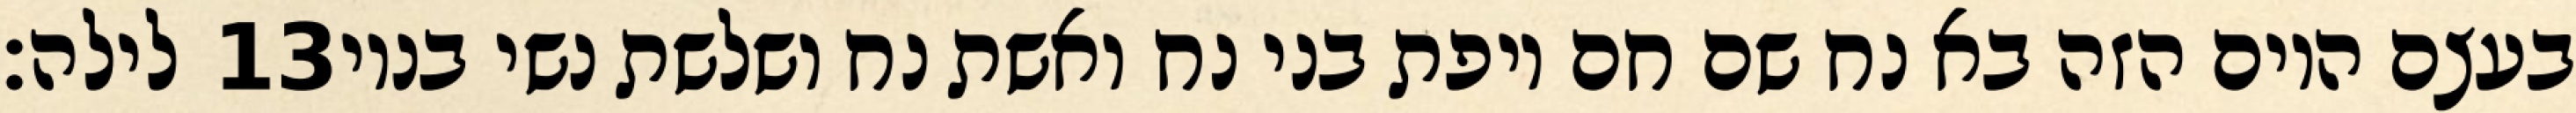
לילה׃ ‎13‏ בעצם היום הזה בא נח שם חם ויפת בני נח ואשת נח ושלשת נשי בניו